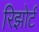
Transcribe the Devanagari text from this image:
रिझोर्ट